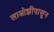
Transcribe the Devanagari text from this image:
लाओझीपासून